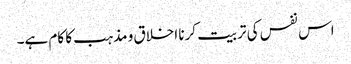
اس نفس کی تربیت کرنا اخلاق و مذہب کا کام ہے۔